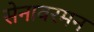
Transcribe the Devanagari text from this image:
सेनावरमन